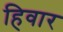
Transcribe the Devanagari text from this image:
हिवार